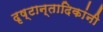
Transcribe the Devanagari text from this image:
दृष्टान्तादिकांनी